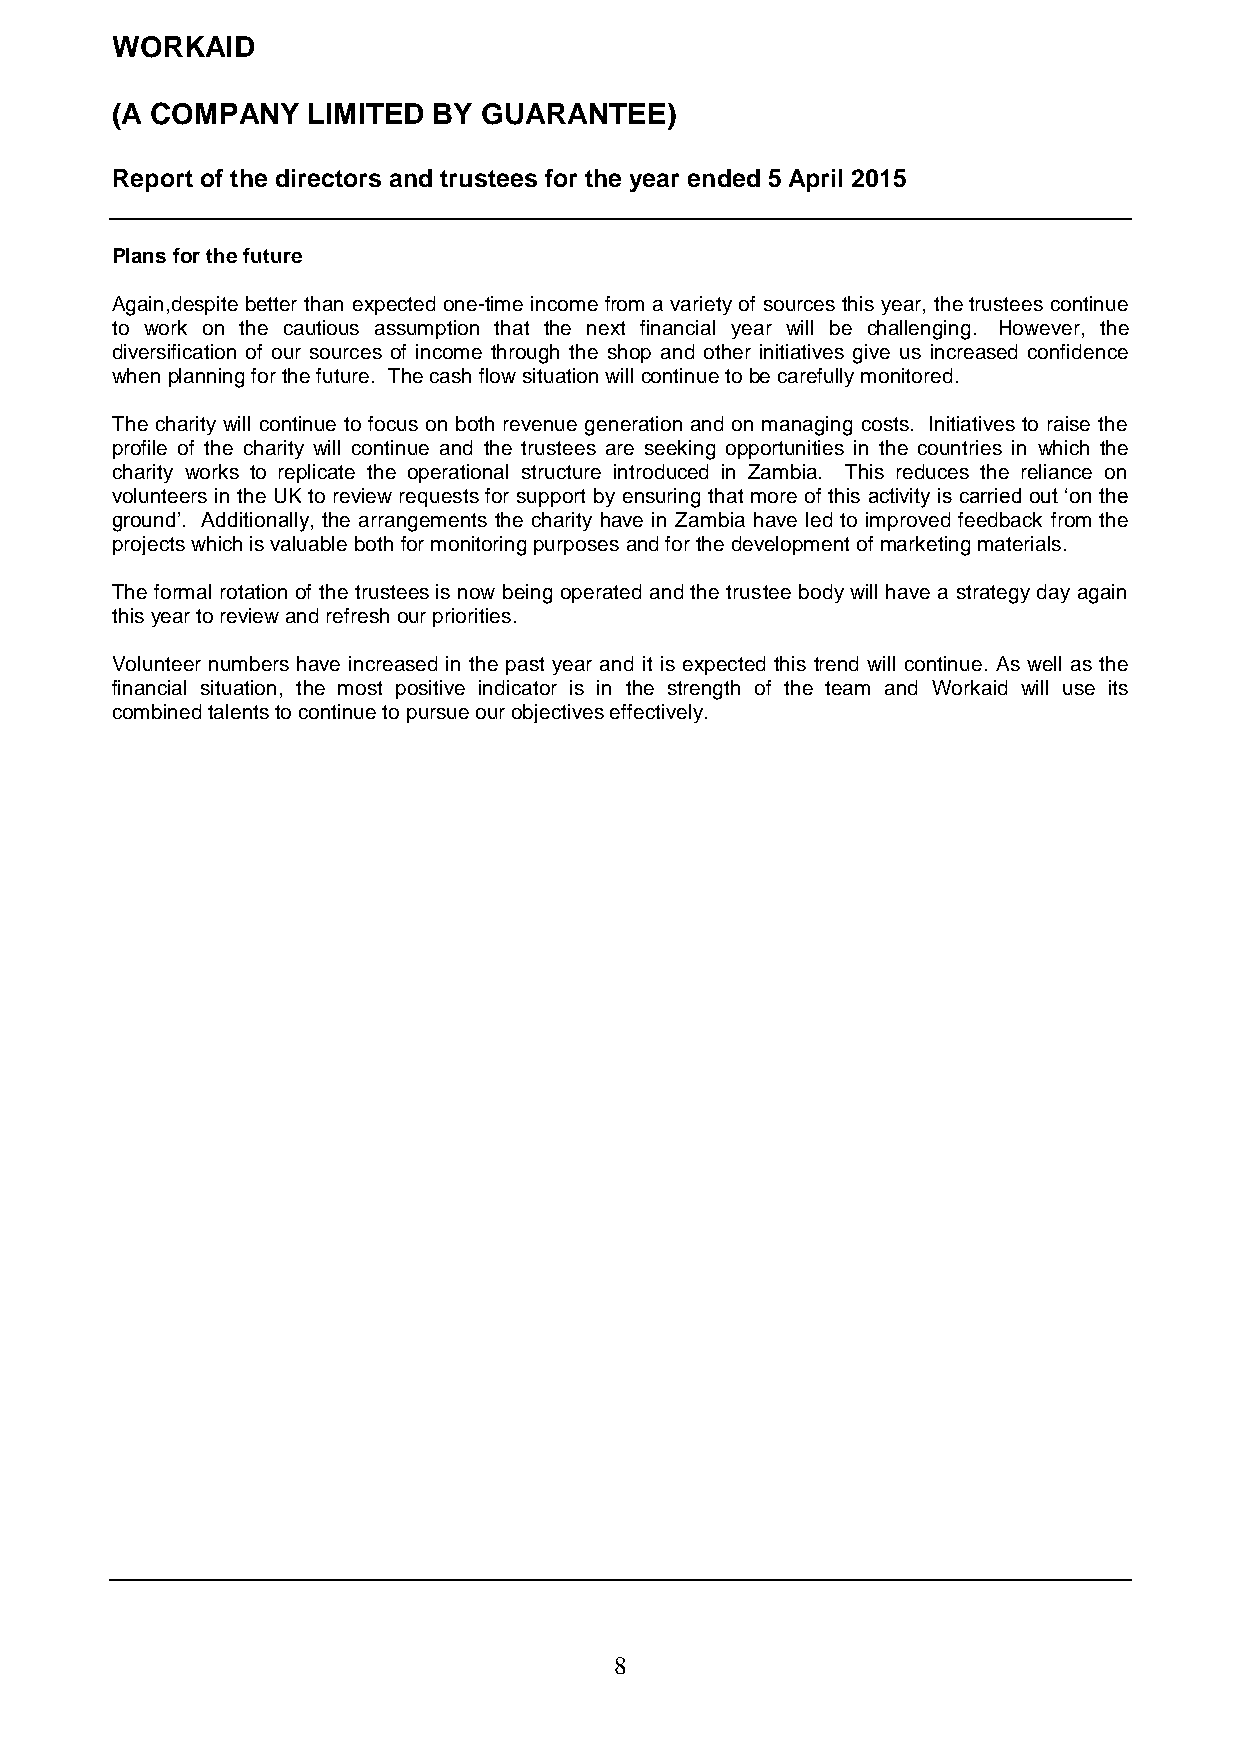
WORKAID
 (A COMPANY   LIMITED  BY GUARANTEE)
 Report of the directors and trustees for the year ended 5 April 2015
 Plans for the future
 Again,despite better than expected one-time income from a variety of sources this year, the trustees continue
 to work on the cautious assumption that the next financial year will be challenging. However, the
 diversification of our sources of income through the shop and other initiatives give us increased confidence
 when planning for the future. The cash flow situation will continue to be carefully monitored.
 The charity will continue to focus on both revenue generation and on managing costs. Initiatives to raise the
 profile of the charity will continue and the trustees are seeking opportunities in the countries in which the
 charity works to replicate the operational structure introduced in Zambia. This reduces the reliance on
 volunteers in the UK to review requests for support by ensuring that more of this activity is carried out ‘on the
 ground’. Additionally, the arrangements the charity have in Zambia have led to improved feedback from the
 projects which is valuable both for monitoring purposes and for the development of marketing materials.
 The formal rotation of the trustees is now being operated and the trustee body will have a strategy day again
 this year to review and refresh our priorities.
 Volunteer numbers have increased in the past year and it is expected this trend will continue. As well as the
 financial situation, the most positive indicator is in the strength of the team and Workaid will use its
 combined talents to continue to pursue our objectives effectively.
 8